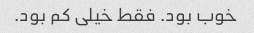
خوب بود. فقط خیلی کم بود.